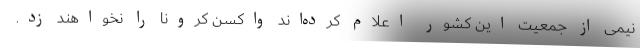
نیمی از جمعیت این کشور اعلام کرده‌اند واکسن کرونا را نخواهند زد.